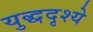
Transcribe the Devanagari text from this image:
युद्धदृश्ये